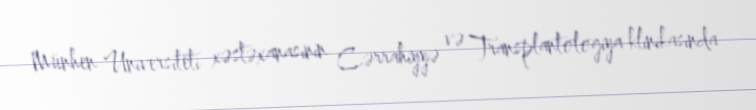
Münhen Universiteti xəstəxanasının Cərrahiyyə və Transplantologiya klinikasında